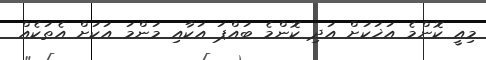
މިއީ ކޮންމެ އަޚަކަށް އަދި ކޮންމެ ބައްޕަ އަކާއި މަންމަ އަކަށް އެތަކެއް